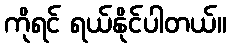
ကိုရင် ရယ်နိုင်ပါတယ်။